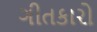
ગીતકારો